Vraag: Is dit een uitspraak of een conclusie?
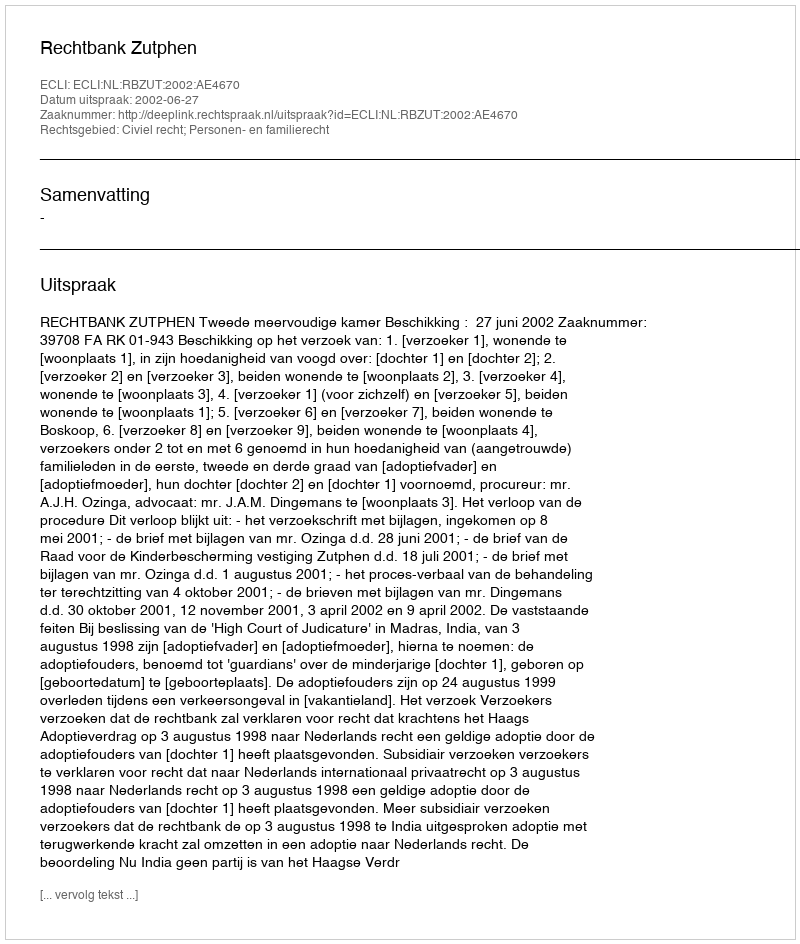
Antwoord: Uitspraak